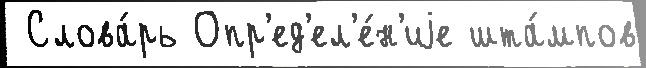
 Слова́рь Опр'ед'ел'е́н'иjе шта́мпов